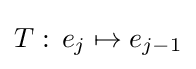
T:\,e_{j}\mapsto e_{j-1}